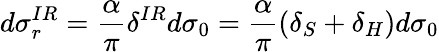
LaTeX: d\sigma_{r}^{IR}=\frac{\alpha}{\pi}\delta^{IR}d\sigma_{0}=\frac{\alpha}{\pi}(\delta_{S}+\delta_{H})d\sigma_{0}